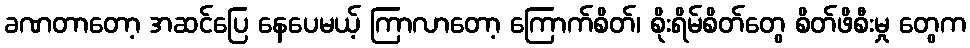
ခဏတာတော့ အဆင်ပြေ နေပေမယ့် ကြာလာတော့ ကြောက်စိတ်၊ စိုးရိမ်စိတ်တွေ စိတ်ဖိစီးမှု တွေက